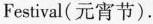
Festival(元宵节).